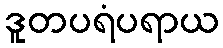
ဒူတပရံပရာယ